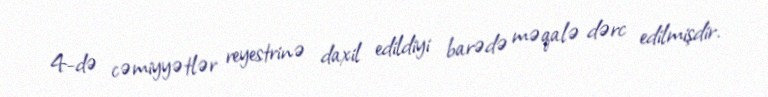
4-də cəmiyyətlər reyestrinə daxil edildiyi barədə məqalə dərc edilmişdir.